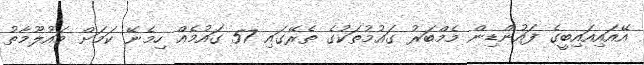
އޭއައިއައިބީގެ ފައުންޑިން މެމްބަރު ގައުމުތަކުގެ ތެރޭގައި 57 ގައުމެއް ހިމެނޭ ކަމަށް މައުލޫމާތު